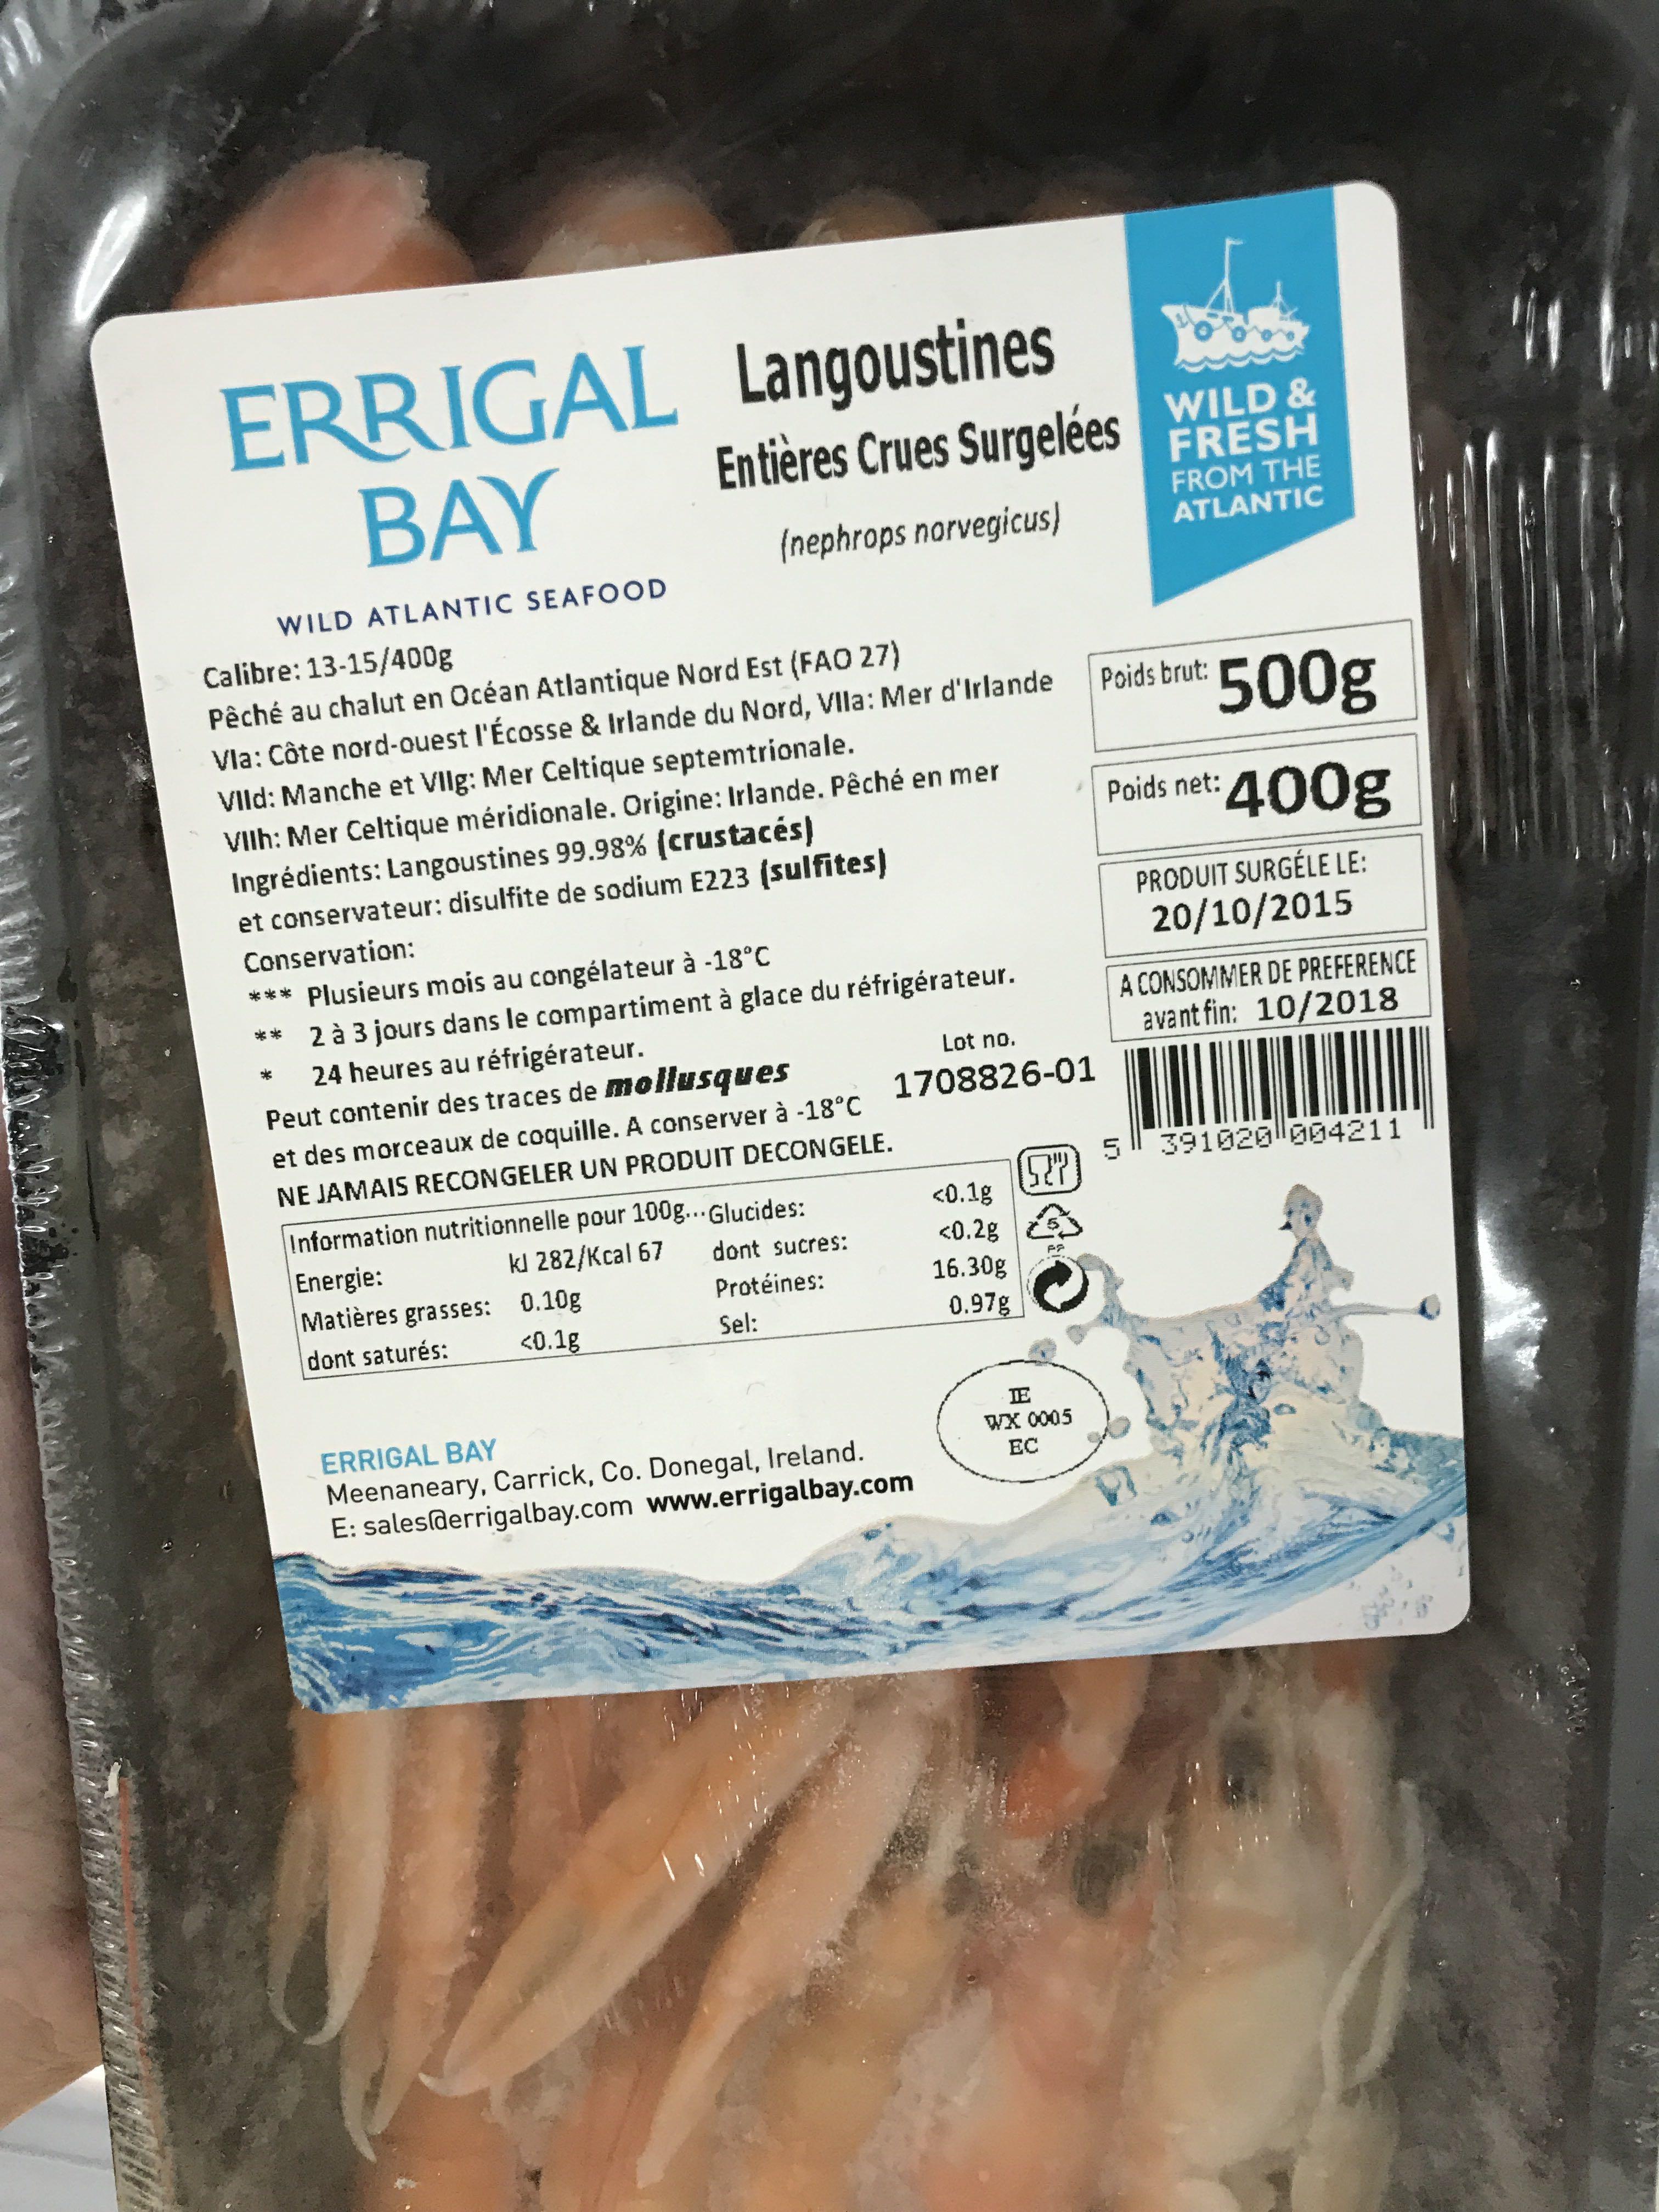
ERRIGAL BAY
WILD ATLANTIC SEAFOOD
Calibre: 13-15/400g
Pêché au chalut en Océan Atlantique Nord Est (FAO 27)
Vla: Côte nord-ouest l'Écosse & Irlande du Nord, Vlla: Mer d'Irlande
VIId: Manche et VIlg: Mer Celtique septemtrionale.
VIIh: Mer Celtique méridionale. Origine: Irlande. Pêché en mer Ingrédients: Langoustines 99.98% (crustacés)
et conservateur: disulfite de sodium E223 (sulfites) Conservation:
*** Plusieurs mois au congélateur à -18°C
2 à 3 jours dans le compartiment à glace du réfrigérateur.
24 heures au réfrigérateur.
Peut contenir des traces de mollusques
et des morceaux de coquille. A conserver à -18°C NE JAMAIS RECONGELER UN PRODUIT DECONGELE. Information nutritionnelle pour 100g...Glucides:
kl 282/Kcal 67
dont sucres: Protéines:
Sel:
Energie: Matières grasses: dont saturés:
Langoustines
Entières Crues Surgelées WILD &
FRESH
(nephrops norvegicus)
FROM THE ATLANTIC
0.10g
<0.1g
Lot no.
1708826-01
ERRIGAL BAY
Meenaneary, Carrick, Co. Donegal, Ireland. E: sales@errigalbay.com www.errigalbay.com
<0.1g
<0.2g
16.30g
0.97g
92"
FF
IE WX 0005
EC
200
Poids brut:
500g
400g
Poids net:
5
PRODUIT SURGÉLE LE: 20/10/2015
A CONSOMMER DE PREFERENCE avant fin: 10/2018
391020004211